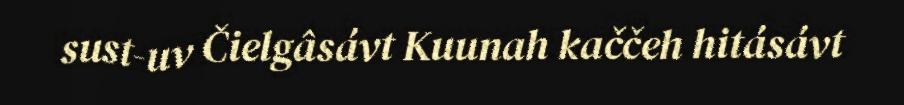
sust-uv Čielgâsávt Kuunah kaččeh hitásávt